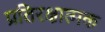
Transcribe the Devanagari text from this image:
प्रतिरक्षात्‍मक